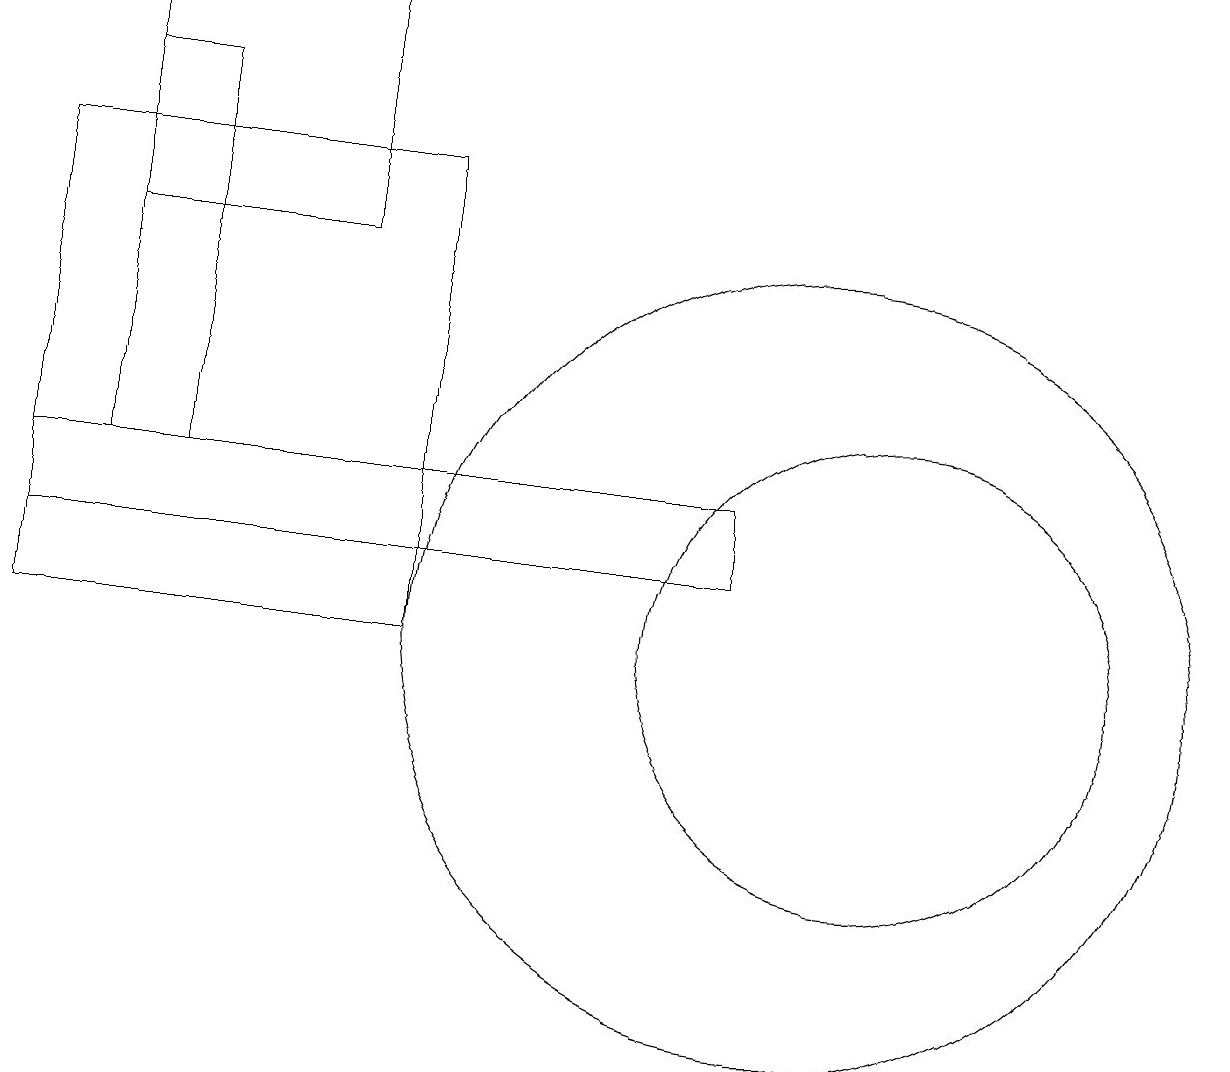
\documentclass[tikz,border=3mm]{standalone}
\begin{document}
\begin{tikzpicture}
\draw (0,16) rectangle (5,10);
\draw (9,11) rectangle (0,12);
\draw (11,10) circle (0);
\draw (1,17) rectangle (2,12);
\draw (4,15) rectangle (1,18);
\draw (11,10) circle (3);
\draw (10,10) circle (5);
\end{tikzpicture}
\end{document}